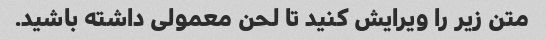
متن زیر را ویرایش کنید تا لحن معمولی داشته باشید.